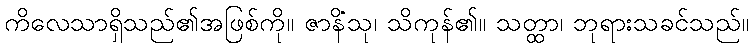
ကိလေသာရှိသည်၏အဖြစ်ကို။ ဇာနိံသု၊ သိကုန်၏။ သတ္ထာ၊ ဘုရားသခင်သည်။